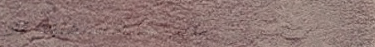
مكتب محاماة: استشارات قان